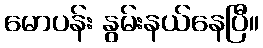
မောပန်း နွမ်းနယ်နေပြီ။